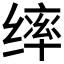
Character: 𫄴